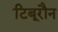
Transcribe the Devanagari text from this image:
टिबूरौन